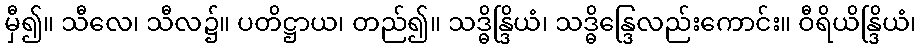
မှီ၍။ သီလေ၊ သီလ၌။ ပတိဋ္ဌာယ၊ တည်၍။ သဒ္ဓိန္ဒြိယံ၊ သဒ္ဓိန္ဒြေလည်းကောင်း။ ဝီရိယိန္ဒြိယံ၊